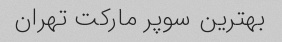
بهترین سوپر مارکت تهران